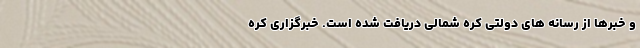
و خبرها از رسانه های دولتی کره شمالی دریافت شده است. خبرگزاری کره